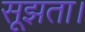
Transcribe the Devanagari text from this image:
सूझता।